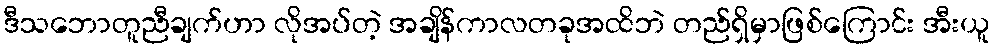
ဒီသဘောတူညီချက်ဟာ လိုအပ်တဲ့ အချိန်ကာလတခုအထိဘဲ တည်ရှိမှာဖြစ်ကြောင်း အီးယူ